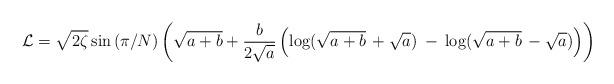
LaTeX: \begin{align*}{\cal L} = \sqrt {2 \zeta} \sin {(\pi/N)} \left( \sqrt {a+b} + {b \over {2 \sqrt{a}}} \left(\log (\sqrt{a+b}\,+\sqrt{a}) \: - \: \log (\sqrt{a+b} \,- \sqrt{a}) \right) \right)\end{align*}